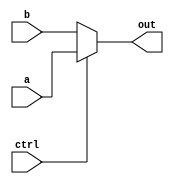
module mux (input [31:0]a, input [31:0]b, input ctrl, output [31:0]out);

    assign out = ctrl ? a : b;  //simple multiplexer to choose 1 (32-bit) input to put out based on 1 control bit

endmodule